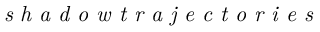
\textit { s h a d o w t r a j e c t o r i e s }